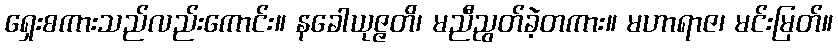
ရှေးစကားသည်လည်းကောင်း။ နခေါယုဇ္ဇတိ၊ မညီညွတ်ခဲ့တကား။ မဟာရာဇ၊ မင်းမြတ်။